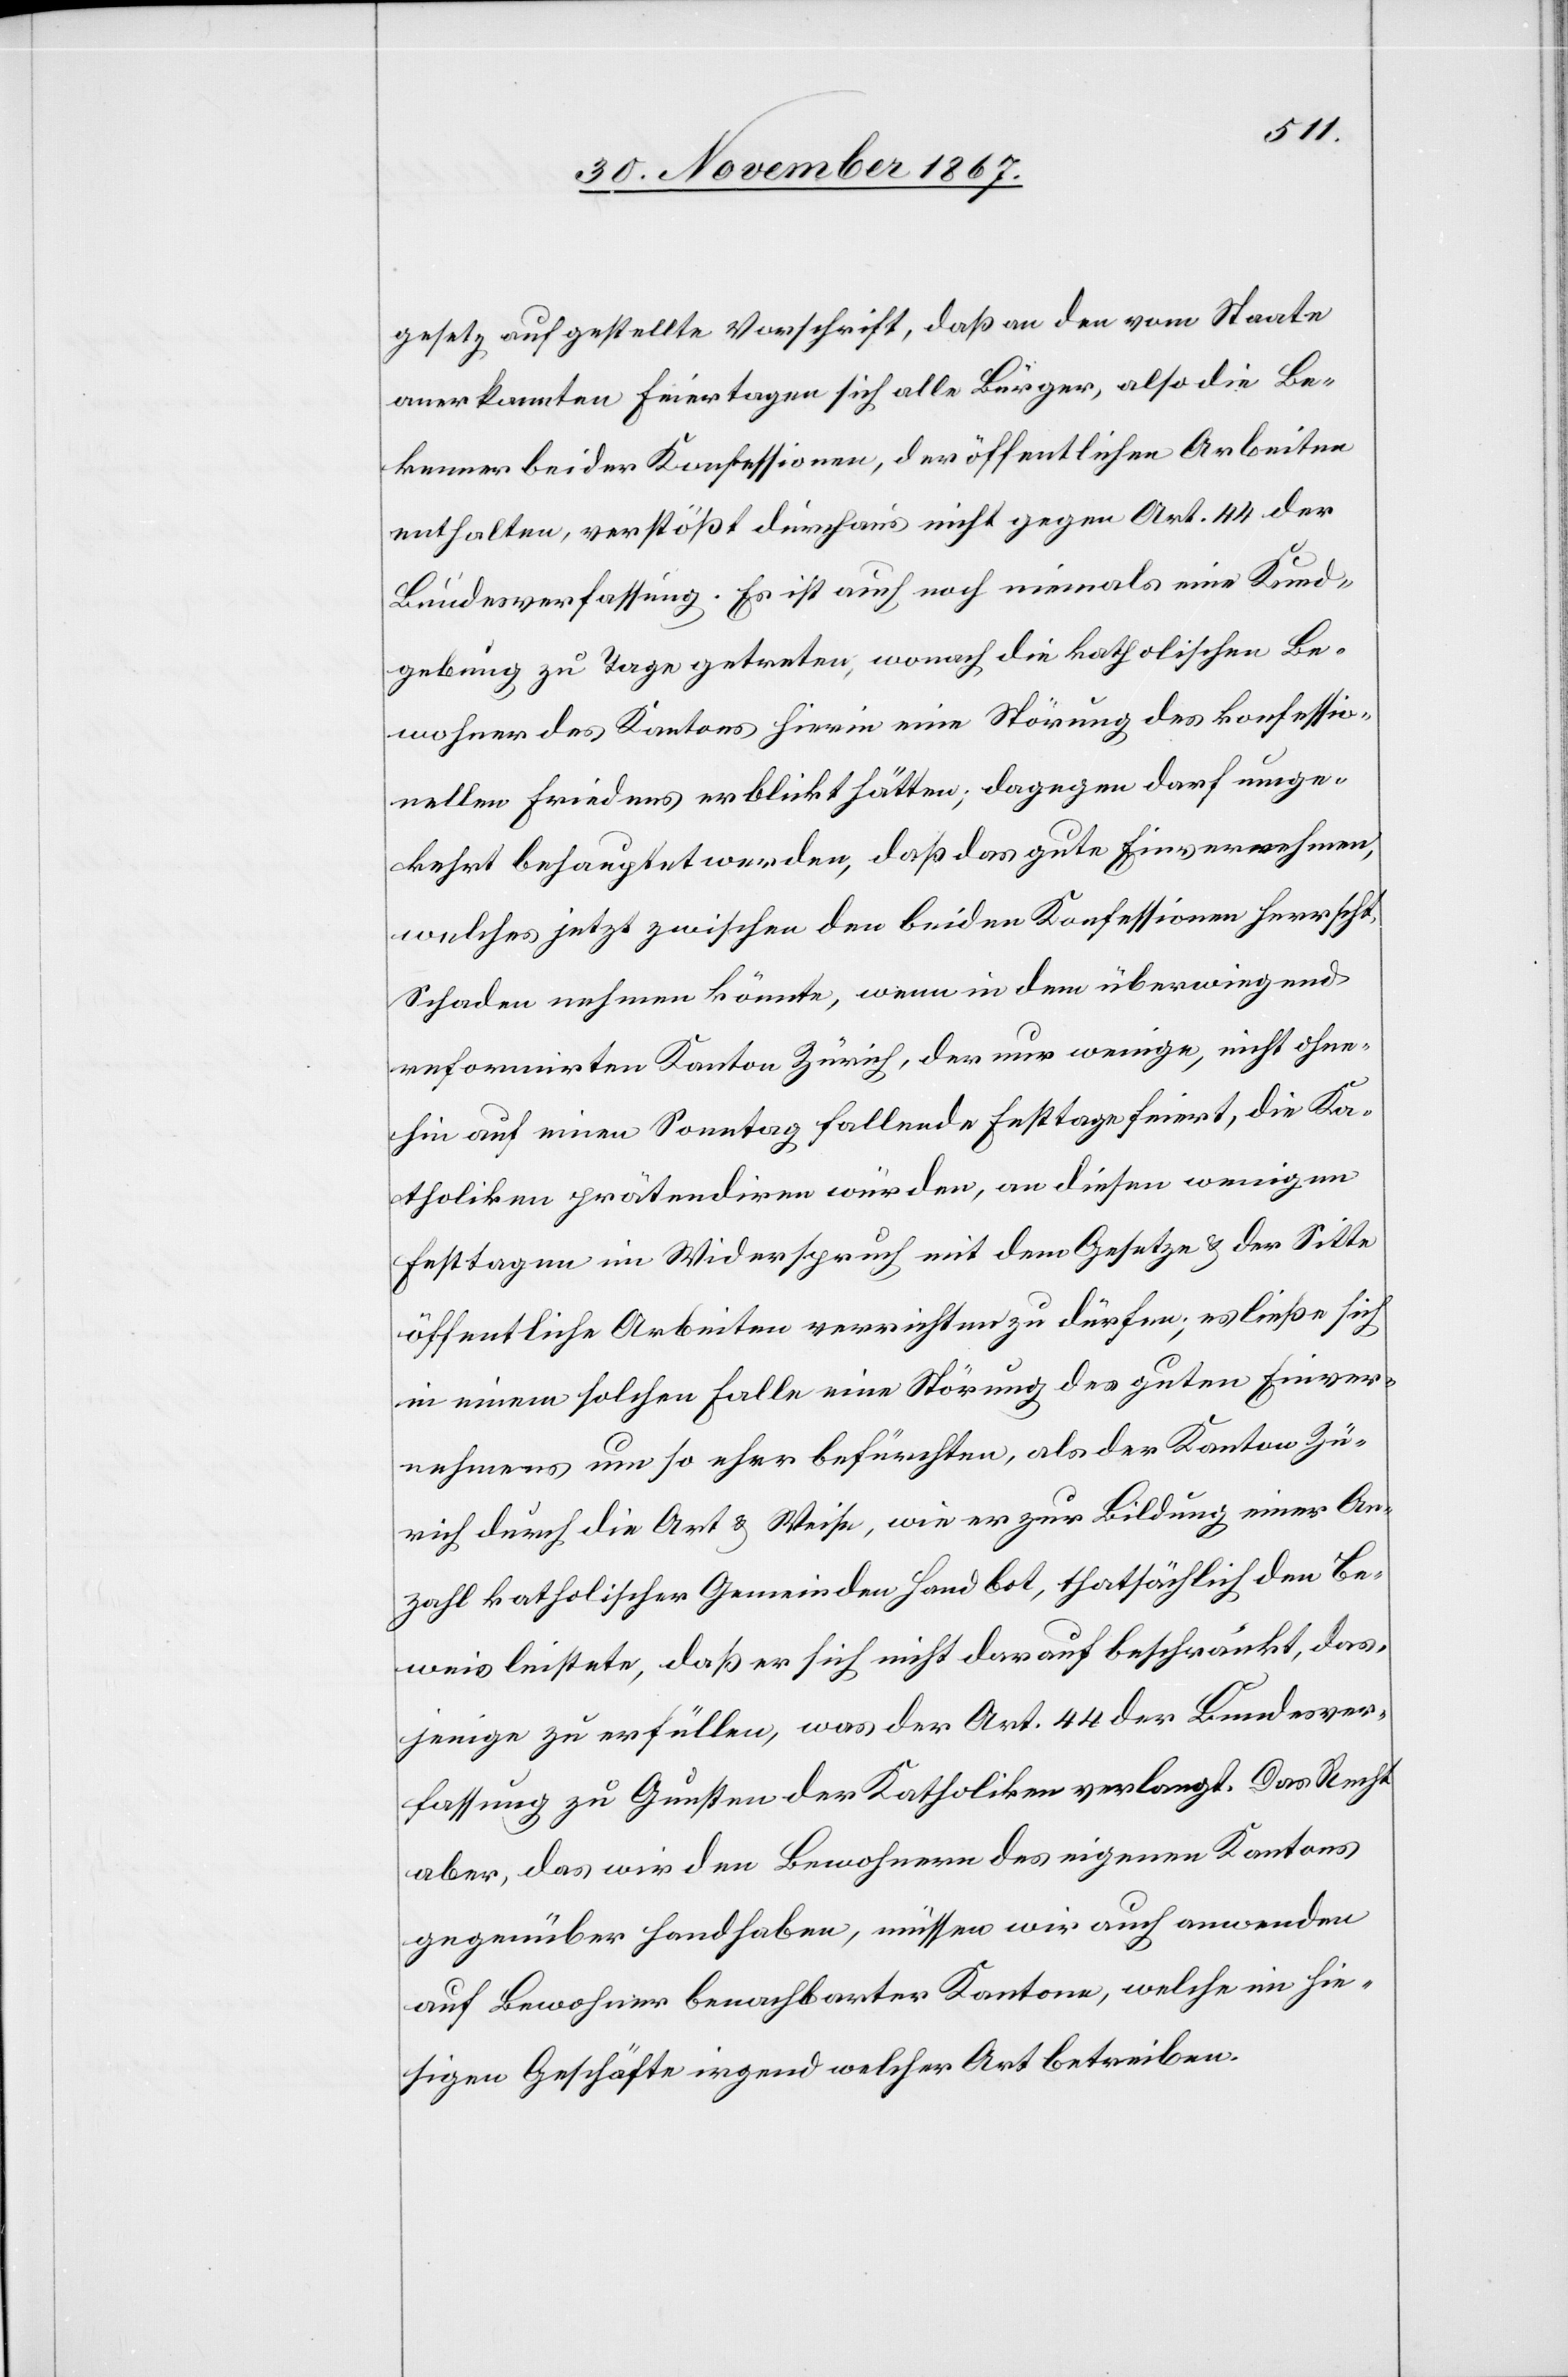
gesetz aufgestellte Vorschrift, daß an den vom Staate
anerkannten Feiertagen alle Bürger, also die Be¬
kenner beider Konfessionen, der öffentlichen Arbeiten
enthalten, verstößt durchaus nicht gegen Art. 44 der
Bundesverfassung. Es ist auch noch niemals eine Kund¬
gebung zu Tage getreten, wonach die katholischen Be¬
wohner des Kantons hierin eine Störung des konfessio¬
nellen Friedens erblickt hätten; dagegen darf umge¬
kehrt behauptet werden, daß das gute Einvernehmen,
welches jetzt zwischen den beiden Konfessionen herrscht,
Schaden nehmen könnte, wenn in dem überwiegend
reformirten Kanton Zürich, der nur wenige, nicht ohne¬
hin auf einen Sonntag fallende Festtage feiert, die Ka¬
tholikon prätendiren würden, an diesen wenigen
Festtagen im Widerspruch mit dem Gesetze u. der Sitte
öffentliche Arbeiten verrichten zu dürfen; es ließe sich
in einem solchen Falle eine Störung des guten Einver¬
nehmens um so eher befürchten, als das Kanton Zü¬
rich durch die Art u. Weise, wie er zur Bildung einer An¬
zahl katholischer Gemeinden Hand bot, thatsächlich den Be¬
weis leistete, daß er sich nicht darauf beschränkt, das¬
jenige zu erfüllen, was der Art. 44 der Bundesver¬
fassung zu Gunsten der Katholiken verlangt. Das Recht
aber, das wir den Bewohnern des eigenen Kantons
gegenüber handhaben, müssen wir auch anwenden
auf Bewohner benachbarter Kantone, welche im hie¬
sigen Geschäfte irgend welcher Art betreiben.